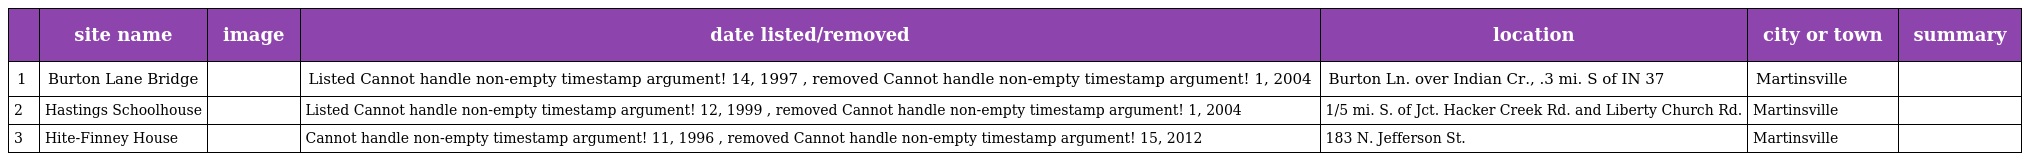
|  | site name | image | date listed/removed | location | city or town | summary |
 | --- | --- | --- | --- | --- | --- | --- |
 | 1 | Burton Lane Bridge |  | Listed Cannot handle non-empty timestamp argument! 14, 1997 , removed Cannot handle non-empty timestamp argument! 1, 2004 | Burton Ln. over Indian Cr., .3 mi. S of IN 37 | Martinsville |  |
 | 2 | Hastings Schoolhouse |  | Listed Cannot handle non-empty timestamp argument! 12, 1999 , removed Cannot handle non-empty timestamp argument! 1, 2004 | 1/5 mi. S. of Jct. Hacker Creek Rd. and Liberty Church Rd. | Martinsville |  |
 | 3 | Hite-Finney House |  | Cannot handle non-empty timestamp argument! 11, 1996 , removed Cannot handle non-empty timestamp argument! 15, 2012 | 183 N. Jefferson St. | Martinsville |  |